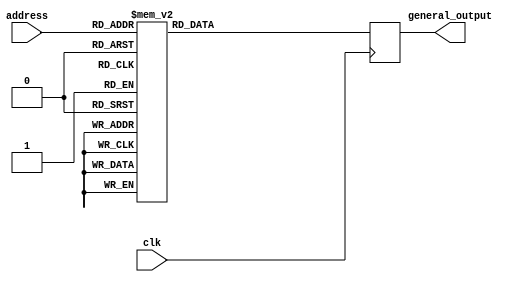
module decoder_ALU( clk, address, general_output);

input clk;
input [2:0] address;
output reg [0:7] general_output;

always @ (posedge clk) begin
    case (address)
        3'h0 : general_output <= 8'b00000000;
        3'h1 : general_output <= 8'b00000001;
        3'h2 : general_output <= 8'b00000010;
        3'h3 : general_output <= 8'b00000100;
        3'h4 : general_output <= 8'b00001000;
        3'h5 : general_output <= 8'b00010000;
        3'h6 : general_output <= 8'b00100000;
        3'h7 : general_output <= 8'b01000000;
    endcase
end

endmodule